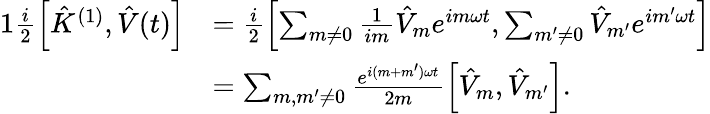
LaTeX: \begin{array}{rl}{{1}\frac{i}{2}\left[\hat{K}^{(1)},\hat{V}(t)\right]}&{=\frac{i}{2}\left[\sum_{m\neq 0}\frac{1}{im}\hat{V}_{m}e^{im\omega t},\sum_{m^{\prime}\neq 0}\hat{V}_{m^{\prime}}e^{im^{\prime}\omega t}\right]}\\ &{=\sum_{m,m^{\prime}\neq 0}\frac{e^{i(m+m^{\prime})\omega t}}{2m}\left[\hat{V}_{m},\hat{V}_{m^{\prime}}\right].}\end{array}